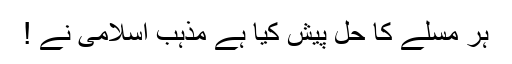
ہر مسلے کا حل پیش کیا ہے مذہب اسلامی نے !